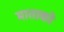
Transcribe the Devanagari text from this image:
माताको